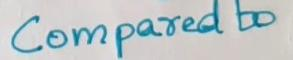
Compared to